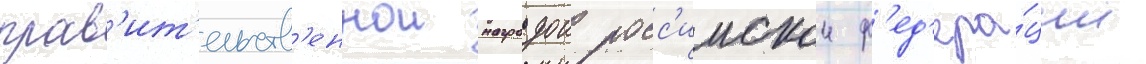
прав'ит'ельств'еннои наградои росс'иискои ф'ед'ера́ции